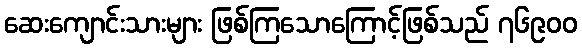
ဆေးကျောင်းသားများ ဖြစ်ကြသောကြောင့်ဖြစ်သည် ၇၆၉၀၀